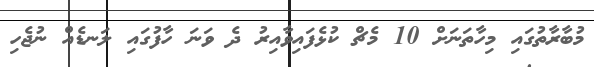
މުބާރާތުގައި މިހާތަނަށް 10 މެޗް ކުޅެފައިވާއިރު ދެ ވަނަ ހާފުގައި ލަނޑެއް ނުޖެހި